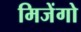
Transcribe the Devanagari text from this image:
मिजेंगो